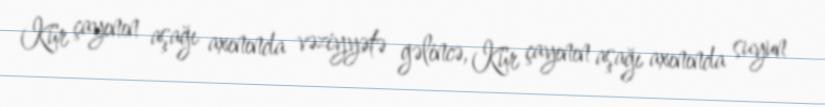
Kür çayının aşağı axınında vəziyyətə gəlincə, Kür çayının aşağı axınında suyun